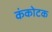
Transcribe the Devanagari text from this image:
कंकोटक